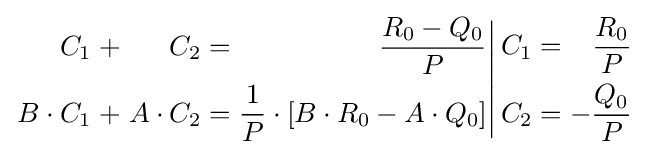
\left.{\begin{alignedat}{5}C_{1}&&\;+&&\;C_{2}&&\;=&&\;{\frac {R_{0}-Q_{0}}{P}}&\\B\cdot C_{1}&&\;+&&\;A\cdot C_{2}&&\;=&&\;{\frac {1}{P}}\cdot [B\cdot R_{0}-A\cdot Q_{0}]\end{alignedat}}\right|{\begin{alignedat}{5}C_{1}&&\;=&&\;{\frac {R_{0}}{P}}&\\C_{2}&&\;=&&\;-{\frac {Q_{0}}{P}}\end{alignedat}}